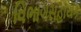
વિભાગસહાયક